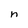
Character: h